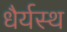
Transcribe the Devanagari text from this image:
धैर्यस्थ